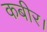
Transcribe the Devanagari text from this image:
कबीर।